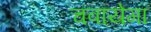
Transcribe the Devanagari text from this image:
चबायेगा